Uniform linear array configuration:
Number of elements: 48
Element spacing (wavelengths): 1
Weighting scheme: binomial
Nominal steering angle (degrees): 0
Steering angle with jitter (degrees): -1.556
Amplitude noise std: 0.05
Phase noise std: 0.05

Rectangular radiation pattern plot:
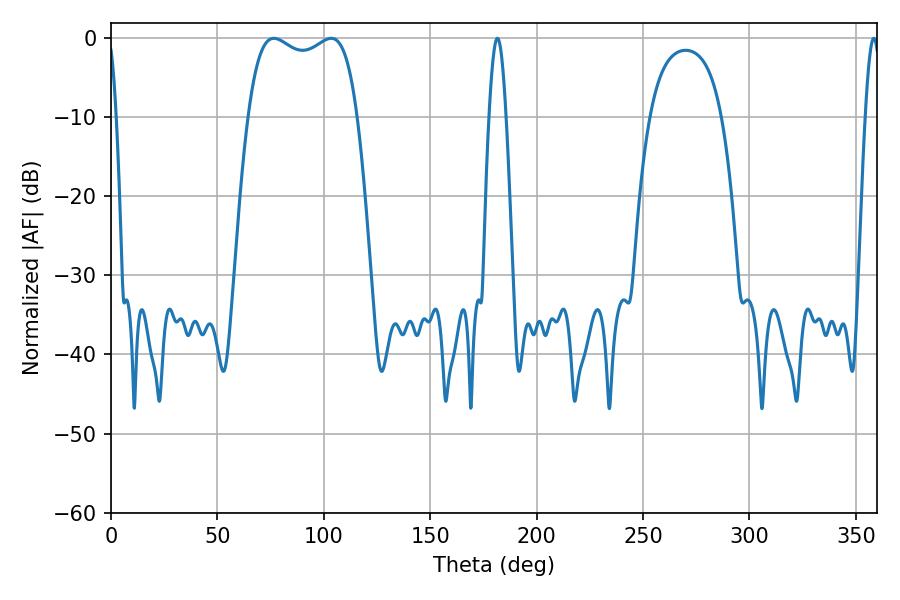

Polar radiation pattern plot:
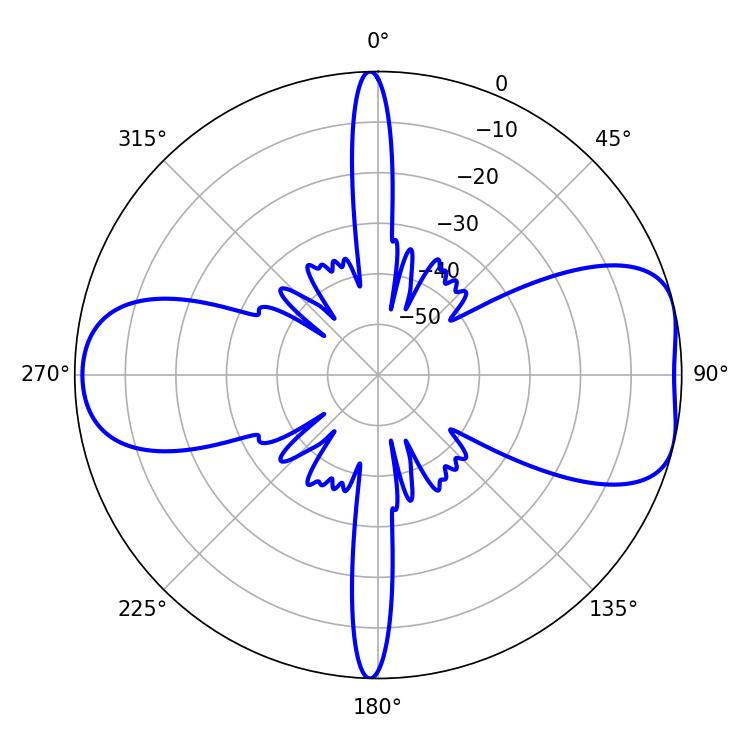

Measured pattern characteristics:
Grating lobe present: TRUE
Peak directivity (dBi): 7.448
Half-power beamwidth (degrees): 41.76
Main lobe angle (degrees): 76.5